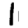
Digit: 1